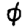
Digit: 0